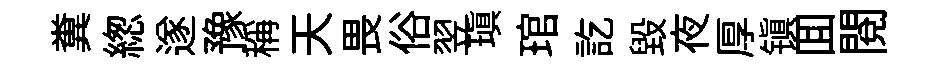
糞緫遂豫稱天畏俗翌瑱琯訖毀夜厚镇囬閱